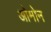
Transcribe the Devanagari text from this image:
ओमोन